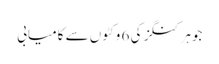
جوہر کنگز کی 6 وکٹوں سے کامیابی